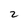
Character: 2